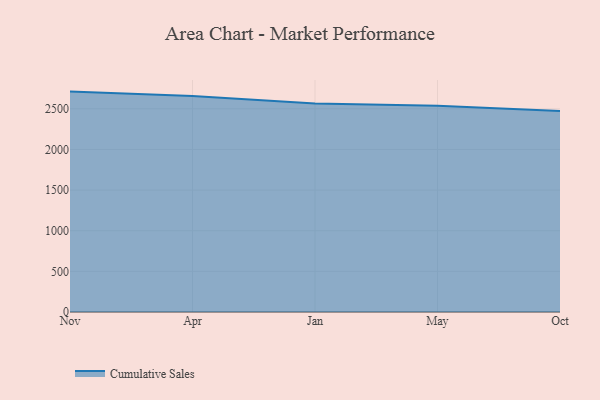
{"axis": {"x": "Month", "y": "Revenue (USD Million)"}, "legend": ["Cumulative Sales"], "data": [{"x": "Nov", "y": 2711.6, "type": "Cumulative Sales"}, {"x": "Apr", "y": 2656.1, "type": "Cumulative Sales"}, {"x": "Jan", "y": 2563.7, "type": "Cumulative Sales"}, {"x": "May", "y": 2536.0, "type": "Cumulative Sales"}, {"x": "Oct", "y": 2472.3, "type": "Cumulative Sales"}]}